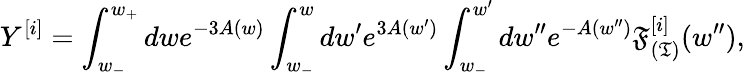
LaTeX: Y^{[i]}=\int_{w_{-}}^{w_{+}}dwe^{-3A(w)}\int_{w_{-}}^{w}dw^{\prime}e^{3A(w^{\prime})}\int_{w_{-}}^{w^{\prime}}dw^{\prime\prime}e^{-A(w^{\prime\prime})}\mathfrak{F}_{(\mathfrak{T})}^{[i]}(w^{\prime\prime}),